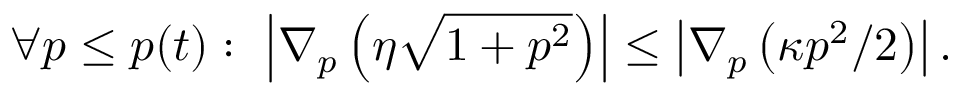
\forall p \leq p ( t ) : \ \left| \nabla _ { p } \left( \eta \sqrt { 1 + p ^ { 2 } } \right) \right| \leq \left| \nabla _ { p } \left( \kappa p ^ { 2 } / 2 \right) \right| .